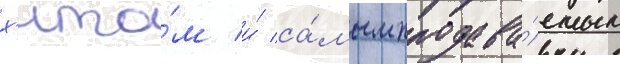
х'ито́м и́ са́мым продава́емым